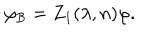
\varphi _ { \mathrm { B } } = Z _ { 1 } ( \lambda , n ) \varphi .